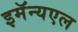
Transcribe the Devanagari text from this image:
इमॅन्यएल